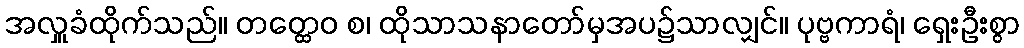
အလှူခံထိုက်သည်။ တတ္ထေဝ စ၊ ထိုသာသနာတော်မှအပ၌သာလျှင်။ ပုဗ္ဗကာရံ၊ ရှေးဦးစွာ